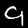
Label: 9